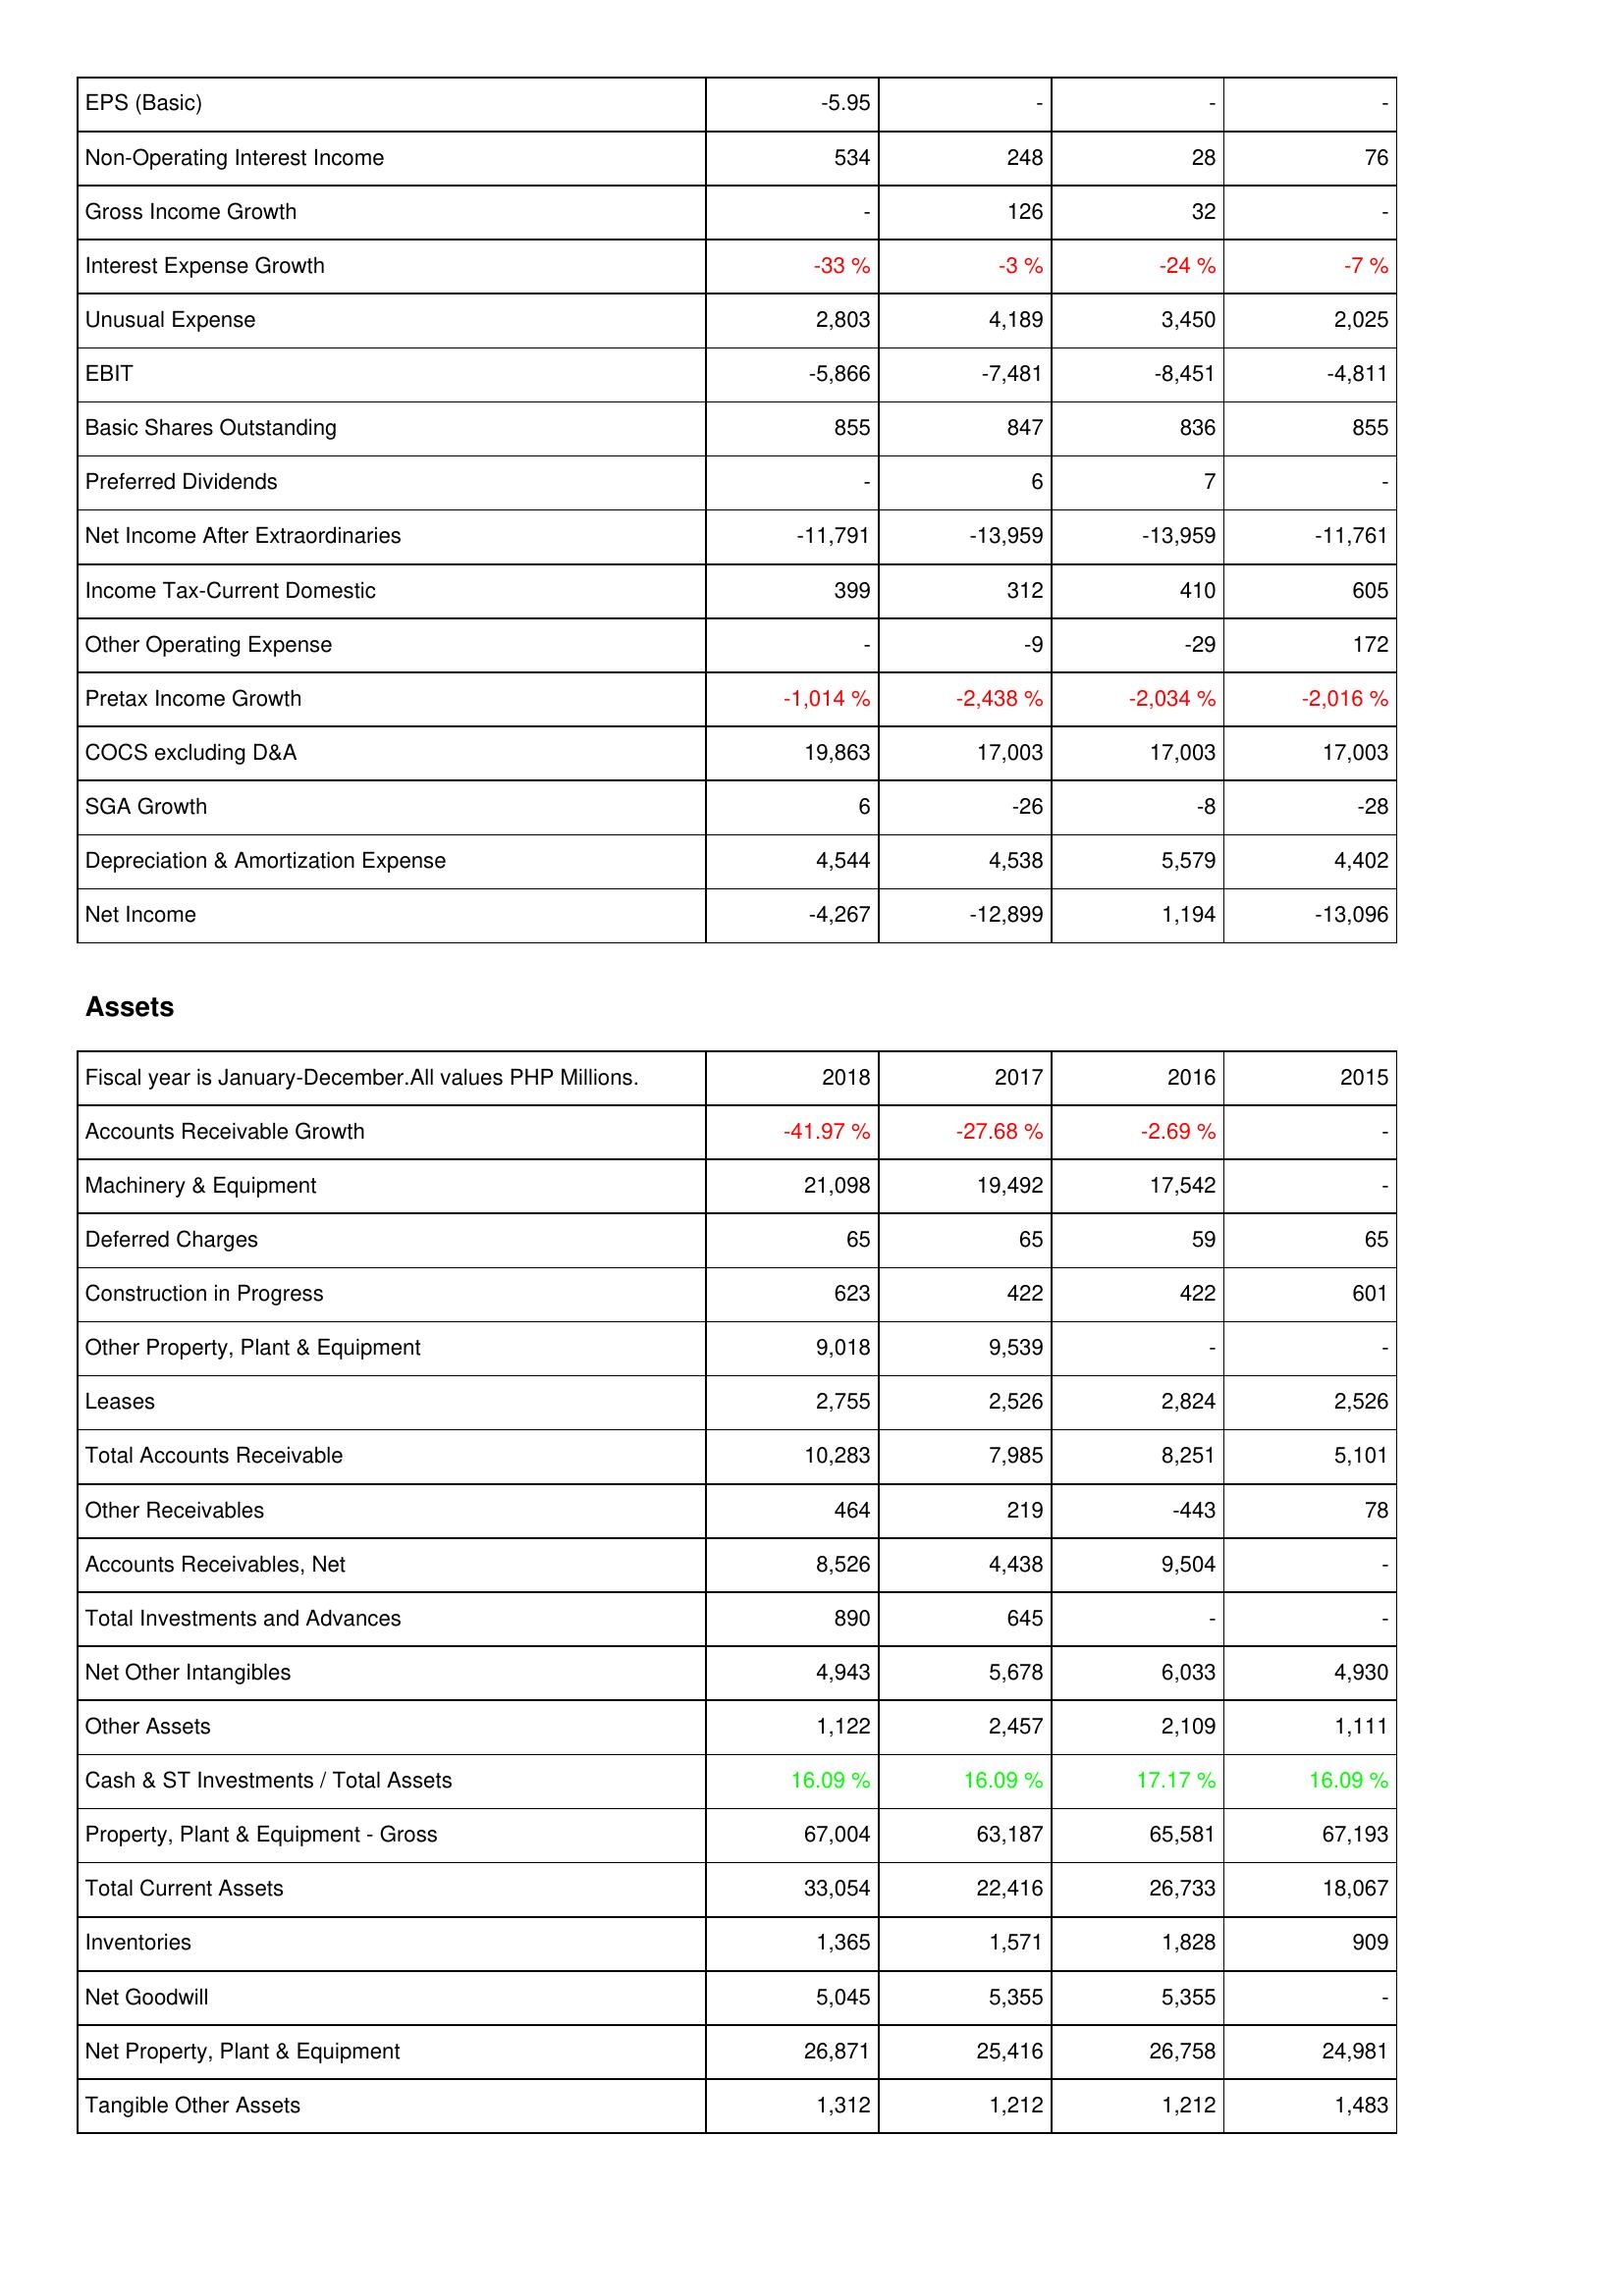
2018: Income Statement: EPS (Basic): -5.95
Non-Operating Interest Income: 534
Gross Income Growth: -
Interest Expense Growth: -33 %
Unusual Expense: 2,803
EBIT: -5,866
Basic Shares Outstanding: 855
Preferred Dividends: -
Net Income After Extraordinaries: -11,791
Income Tax-Current Domestic: 399
Other Operating Expense: -
Pretax Income Growth: -1,014 %
COCS excluding D&A: 19,863
SGA Growth: 6
Depreciation & Amortization Expense: 4,544
Net Income: -4,267
Assets: Accounts Receivable Growth: -41.97 %
Machinery & Equipment: 21,098
Deferred Charges: 65
Construction in Progress: 623
Other Property, Plant & Equipment: 9,018
Leases: 2,755
Total Accounts Receivable: 10,283
Other Receivables: 464
Accounts Receivables, Net: 8,526
Total Investments and Advances: 890
Net Other Intangibles: 4,943
Other Assets: 1,122
Cash & ST Investments / Total Assets: 16.09 %
Property, Plant & Equipment - Gross: 67,004
Total Current Assets: 33,054
Inventories: 1,365
Net Goodwill: 5,045
Net Property, Plant & Equipment: 26,871
Tangible Other Assets: 1,312
2017: Income Statement: EPS (Basic): -
Non-Operating Interest Income: 248
Gross Income Growth: 126
Interest Expense Growth: -3 %
Unusual Expense: 4,189
EBIT: -7,481
Basic Shares Outstanding: 847
Preferred Dividends: 6
Net Income After Extraordinaries: -13,959
Income Tax-Current Domestic: 312
Other Operating Expense: -9
Pretax Income Growth: -2,438 %
COCS excluding D&A: 17,003
SGA Growth: -26
Depreciation & Amortization Expense: 4,538
Net Income: -12,899
Assets: Accounts Receivable Growth: -27.68 %
Machinery & Equipment: 19,492
Deferred Charges: 65
Construction in Progress: 422
Other Property, Plant & Equipment: 9,539
Leases: 2,526
Total Accounts Receivable: 7,985
Other Receivables: 219
Accounts Receivables, Net: 4,438
Total Investments and Advances: 645
Net Other Intangibles: 5,678
Other Assets: 2,457
Cash & ST Investments / Total Assets: 16.09 %
Property, Plant & Equipment - Gross: 63,187
Total Current Assets: 22,416
Inventories: 1,571
Net Goodwill: 5,355
Net Property, Plant & Equipment: 25,416
Tangible Other Assets: 1,212
2016: Income Statement: EPS (Basic): -
Non-Operating Interest Income: 28
Gross Income Growth: 32
Interest Expense Growth: -24 %
Unusual Expense: 3,450
EBIT: -8,451
Basic Shares Outstanding: 836
Preferred Dividends: 7
Net Income After Extraordinaries: -13,959
Income Tax-Current Domestic: 410
Other Operating Expense: -29
Pretax Income Growth: -2,034 %
COCS excluding D&A: 17,003
SGA Growth: -8
Depreciation & Amortization Expense: 5,579
Net Income: 1,194
Assets: Accounts Receivable Growth: -2.69 %
Machinery & Equipment: 17,542
Deferred Charges: 59
Construction in Progress: 422
Other Property, Plant & Equipment: -
Leases: 2,824
Total Accounts Receivable: 8,251
Other Receivables: -443
Accounts Receivables, Net: 9,504
Total Investments and Advances: -
Net Other Intangibles: 6,033
Other Assets: 2,109
Cash & ST Investments / Total Assets: 17.17 %
Property, Plant & Equipment - Gross: 65,581
Total Current Assets: 26,733
Inventories: 1,828
Net Goodwill: 5,355
Net Property, Plant & Equipment: 26,758
Tangible Other Assets: 1,212
2015: Income Statement: EPS (Basic): -
Non-Operating Interest Income: 76
Gross Income Growth: -
Interest Expense Growth: -7 %
Unusual Expense: 2,025
EBIT: -4,811
Basic Shares Outstanding: 855
Preferred Dividends: -
Net Income After Extraordinaries: -11,761
Income Tax-Current Domestic: 605
Other Operating Expense: 172
Pretax Income Growth: -2,016 %
COCS excluding D&A: 17,003
SGA Growth: -28
Depreciation & Amortization Expense: 4,402
Net Income: -13,096
Assets: Accounts Receivable Growth: -
Machinery & Equipment: -
Deferred Charges: 65
Construction in Progress: 601
Other Property, Plant & Equipment: -
Leases: 2,526
Total Accounts Receivable: 5,101
Other Receivables: 78
Accounts Receivables, Net: -
Total Investments and Advances: -
Net Other Intangibles: 4,930
Other Assets: 1,111
Cash & ST Investments / Total Assets: 16.09 %
Property, Plant & Equipment - Gross: 67,193
Total Current Assets: 18,067
Inventories: 909
Net Goodwill: -
Net Property, Plant & Equipment: 24,981
Tangible Other Assets: 1,483